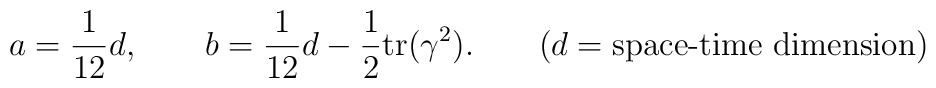
a=\frac{1}{12}d, \qquad b=\frac{1}{12}d-\frac{1}{2}\textrm{tr}(\gamma ^2). \qquad (d=\textrm{space-time dimension})